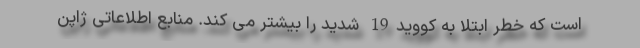
است که خطر ابتلا به کووید19 شدید را بیشتر می کند. منابع اطلاعاتی ژاپن